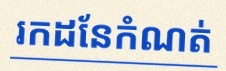
រកដែនកំណត់